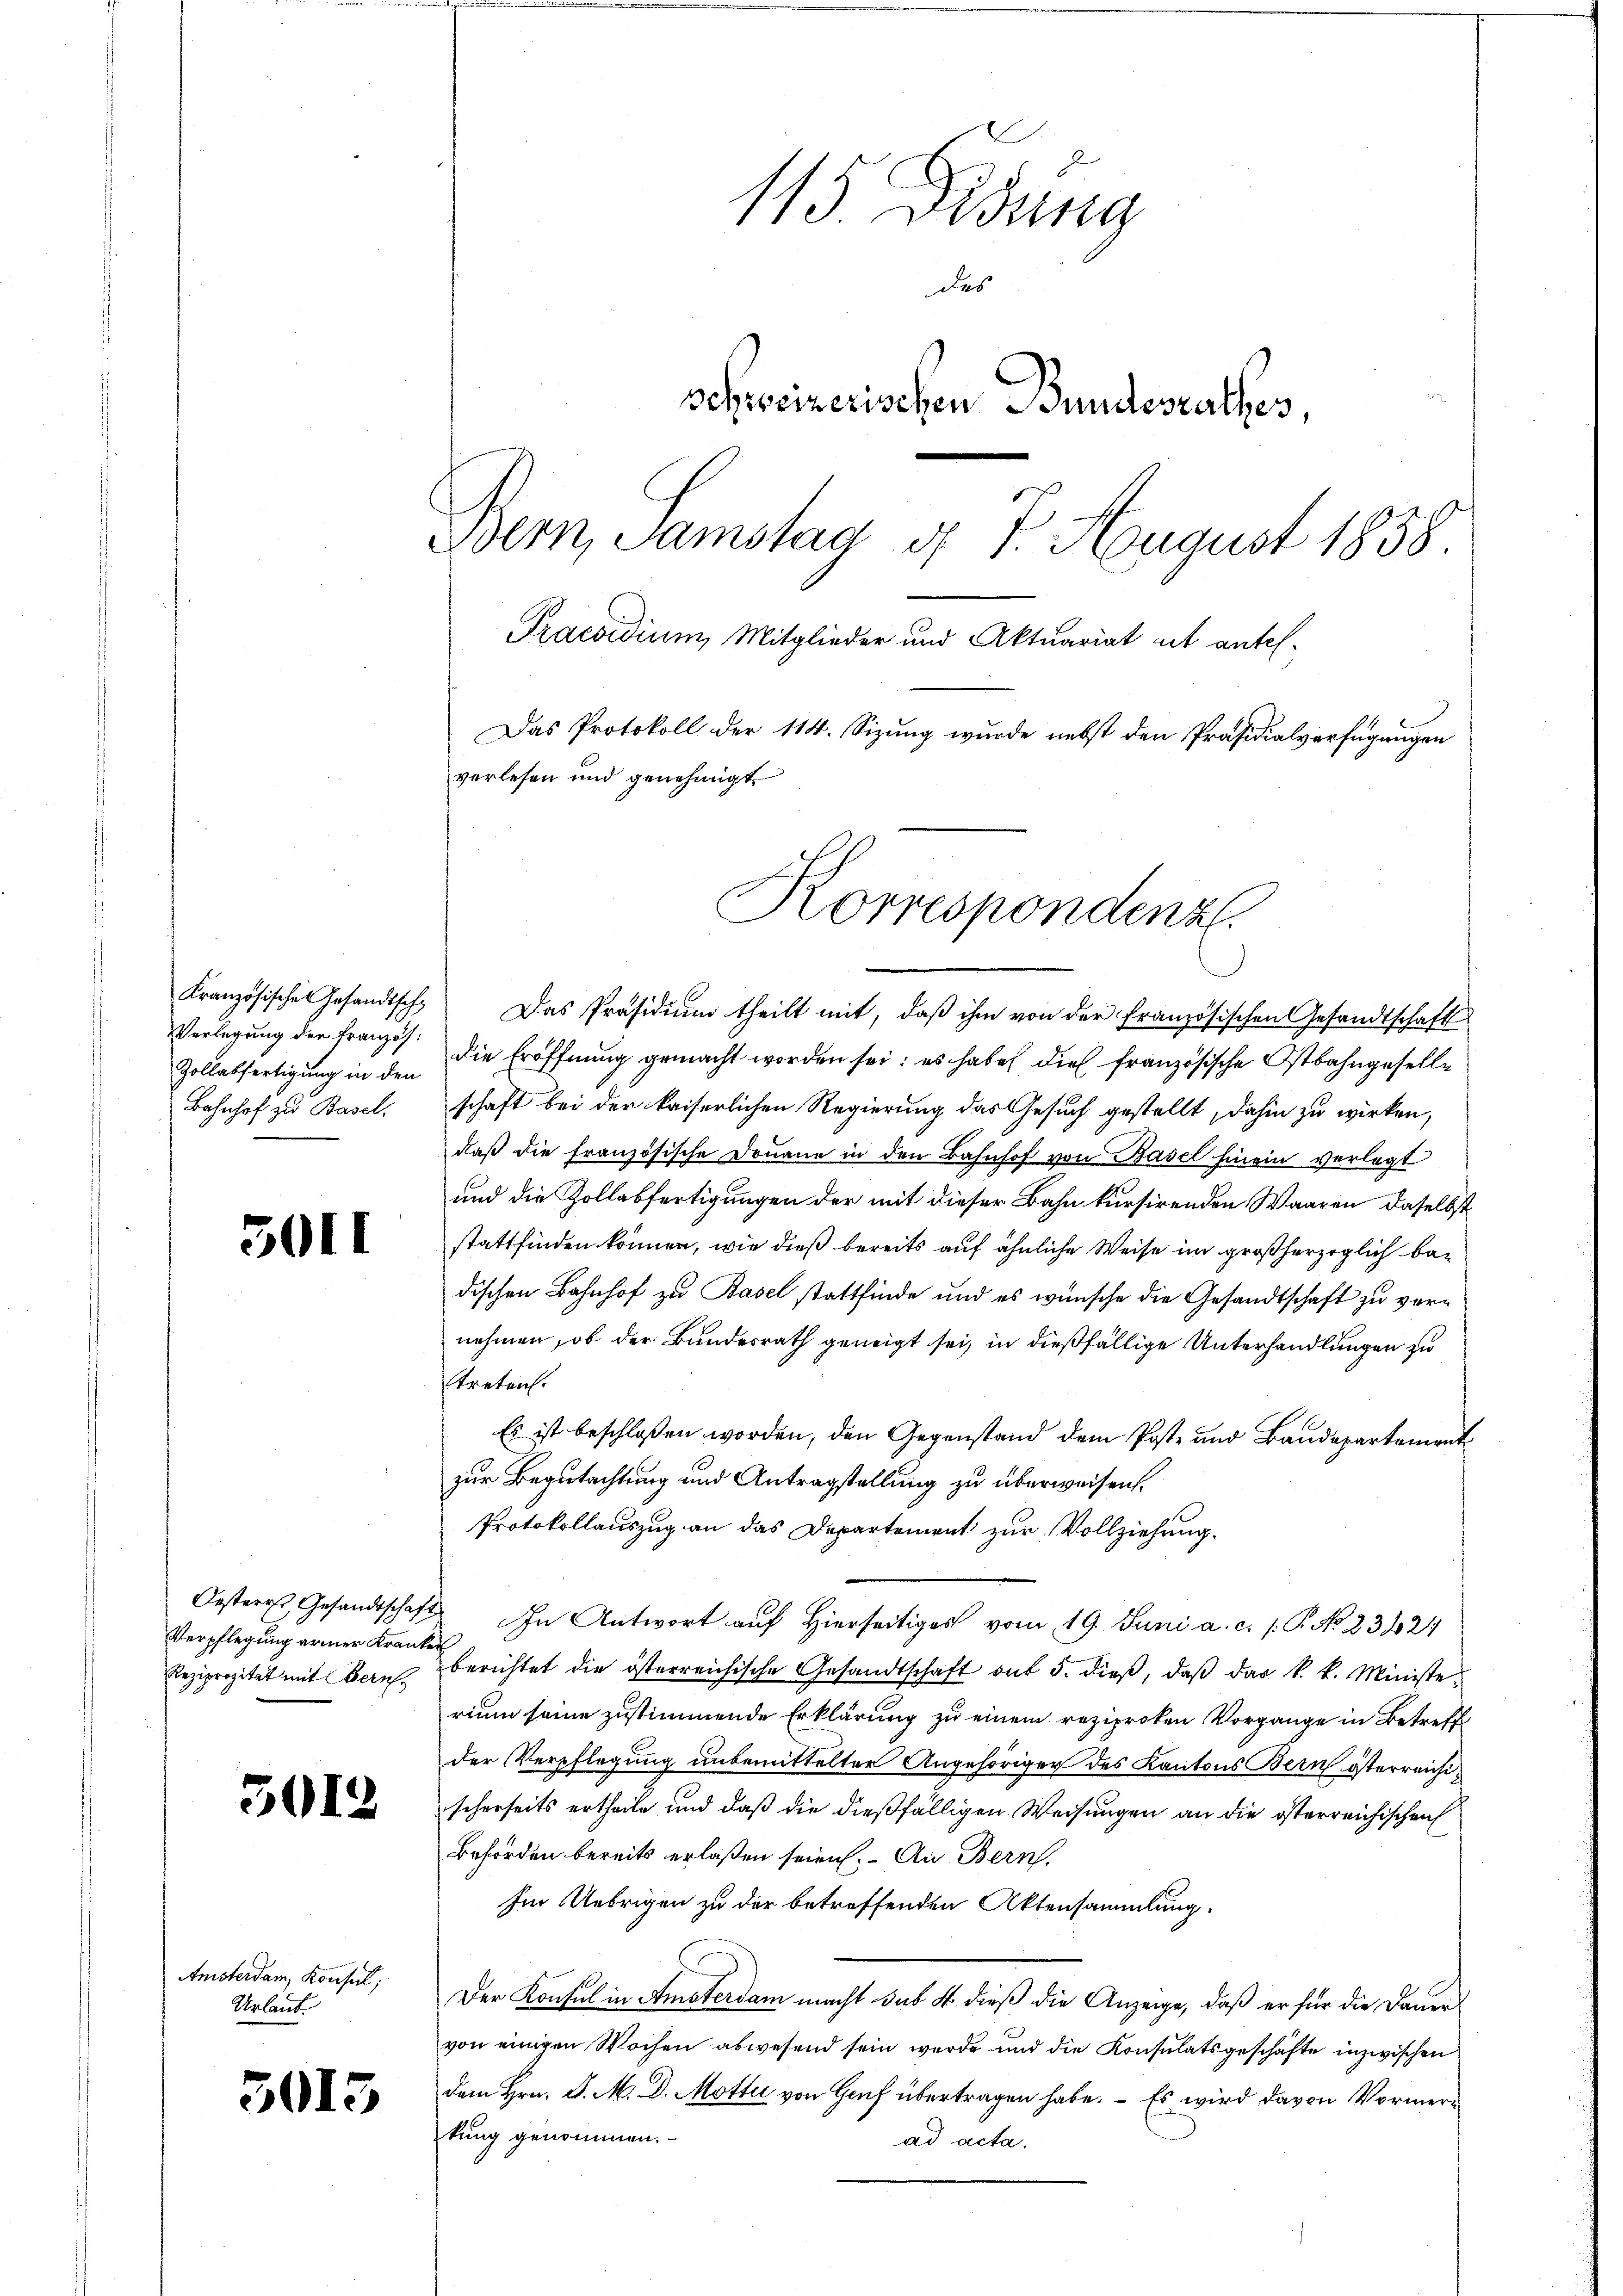
Kranzösische Gesandtscha
Verlegung der Französ.
Zollabfertigung in den
Bahnhof zu Basel.

3011

Oesterrt, Gesandtschaft
Verpflegung armer Kranke
Reziprozität mit Bern,

501.

Anisterdam, Konsul,
Urlaut.

3013

115 Didung
des
schweizerischen Bundesrathes,
Bem, Samstag d. 7. August 1838.
Praesidium, Mitglieder und Aktuariat mit antel-
Das Protokoll der 114. Sizung wurde nebst den Präsidialverfügungen
verlesen und genehmigt

Das Präsidium theilt mit, daß ihm von der französischen Gesandtschaft
die Eröffnung gemacht worden sei; es habe dies französische Ostbahngeselle
schaft bei der kaiserlichen Regierung das Gesuch gestellt, dahin zu wirken,
daß die französische Donaue in den Bahnhof von Basel hinein verlegt.
und die Zollabfertigungen der mit dieser Bahn kursirenden Waaren daselbst
stattfinden können, wie dieß bereits auf ähnliche Weise im großherzoglich bedischen Bahnhof zu Basel stattfinde und es wünsche die Gesandtschaft zu vernehmen, ob der Bundesrath geneigt sei, in dießfällige Unterhandlungen zu
treten.
Es ist beschlossen worden, den Gegenstand dem Poste und Baudepartement
zur Begutachtung und Antragstellung zu überweisen.
Protokollauszug an das Departement zur Vollziehung.
In Antwort auf Hierseitiges vom 19. Juni a. c. /. P. No 23621
berichtet die österreichische Gesandtschaft auf 5. dieß, daß das k. k. Ministerium seine zustimmende Erklärung zu einem reziproten Vorgange in Betreff
der Verpflegung unbemittelter Angehöriger des Kantons Bern österreichischerseits ertheile und daß die dießfälligen Weisungen an die österreichischen
Behörden bereits erlaßen seien. An Bern.
Im Uebrigen zu der betreffenden Aktensammlung.
Der Konsul in Amsterdam macht sus 4. dieß die Anzeige, daß er für die Dauer
von einigen Wochen abwesend sein werde und die Konsulatsgeschäfte inzwischen
dem Hrn. J. M. D. Motti von Gruf übertragen habe. – Es wird davon Vormerkung genommen.
ad acta.

Korrespondenz.